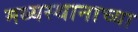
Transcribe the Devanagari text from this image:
मध्यस्थानाच्या